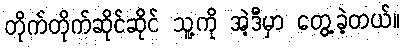
တိုက်တိုက်ဆိုင်ဆိုင် သူ့ကို အဲ့ဒီမှာ တွေ့ခဲ့တယ်။